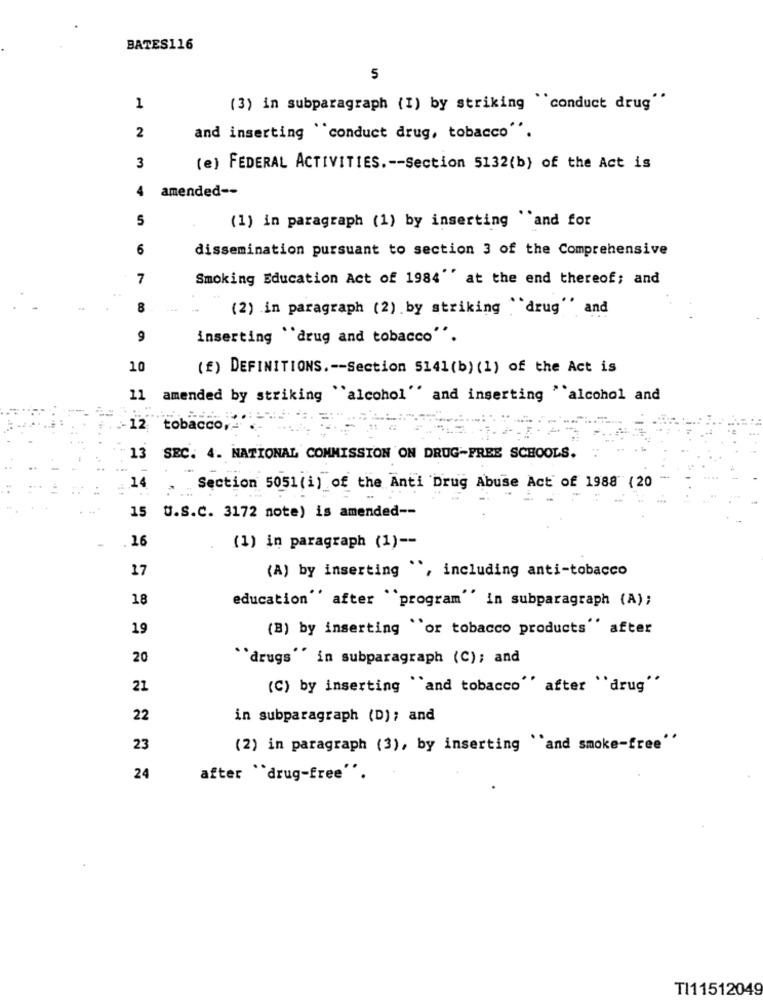
BATES116
5
1
(3) in subparagraph (I) by striking "conduct drug""
2
and inserting "conduct drug, tobacco"".
3
(e) FEDERAL ACTIVITIES .-- Section 5132(b) of the Act is
4
amended --
5
(1) in paragraph (1) by inserting "'and for
6
dissemination pursuant to section 3 of the Comprehensive
7
Smoking Education Act of 1984'' at the end thereof; and
8
(2) in paragraph (2) by striking drug" and
9
inserting "drug and tobacco".
10
(f) DEFINITIONS .-- Section 5141(b) (1) of the Act is
11
amended by striking "alcohol'' and inserting "alcohol and
- 12
tobacco,
13 SEC. 4. NATIONAL COMMISSION ON DRUG-FREE SCHOOLS.
14
Section 5051(i) of the Anti Drug Abuse Act of 1988 ( 20
15 U.S.C. 3172 note) is amended --
16
(1) in paragraph (1) --
17
(A) by inserting *, including anti-tobacco
18
education"' after "program" in subparagraph (A);
19
(B) by inserting "or tobacco products'' after
20
"'drugs" in subparagraph (C); and
21
(C) by inserting "and tobacco'' after "drug''
22
in subparagraph (D); and
23
(2) in paragraph (3), by inserting "and smoke-free"
24
after "drug-free".
TI11512049